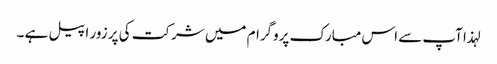
لہذا آپ سے اس مبارک پروگرام میں شرکت کی پر زور اپیل ہے ۔